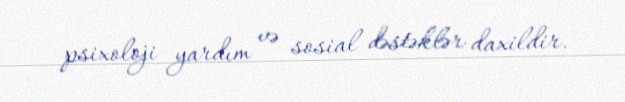
psixoloji yardım və sosial dəstəklər daxildir.